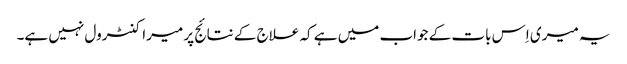
یہ میری اِس بات کے جواب میں ہے کہ علاج کے نتائج پر میرا کنٹرول نہیں ہے۔